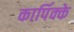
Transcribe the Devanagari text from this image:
कार्पिक्के